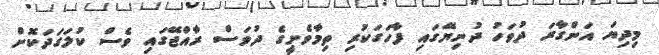
މިދިޔަ އަންގާރަ ދުވަހު ދުނިޔޭގައި ފާހަގަކުރި ތިމާވެށީގެ ދުވަސް ރާއްޖޭގައި ވެސް ކުލަގަދަކޮށް